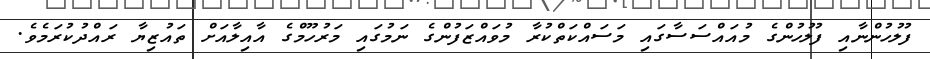
ފުލުހުންނާއި ފުލުހުންގެ މުއައްސަސާގައި މަސައްކަތްކުރާ މުވައްޒަފުންގެ ނަމުގައި މަރުހޫމްގެ އާއިލާއަށް ތައުޒިޔާ ރައްދުކުރަމެވެ.